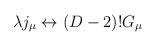
LaTeX: \begin{align*}\lambda j_{\mu} \leftrightarrow (D-2)! G_{\mu}\end{align*}